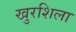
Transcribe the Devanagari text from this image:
खुरशिला